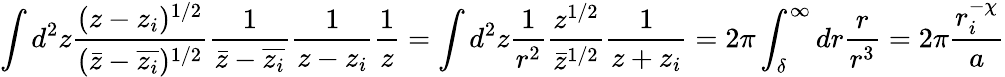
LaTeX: \int d^{2}z\frac{(z-z_{i})^{1/2}}{(\bar{z}-\overline{{z_{i}}})^{1/2}}\frac{1}{\bar{z}-\overline{{z_{i}}}}\frac{1}{z-z_{i}}\frac{1}{z}=\int d^{2}z\frac{1}{r^{2}}\frac{z^{1/2}}{\bar{z}^{1/2}}\frac{1}{z+z_{i}}=2\pi\int_{\delta}^{\infty}dr\frac{r}{r^{3}}=2\pi\frac{r_{i}^{-\chi}}{a}